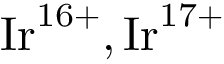
{ \mathrm { I r } } ^ { 1 6 + } , { \mathrm { I r } } ^ { 1 7 + }